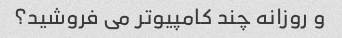
و روزانه چند کامپیوتر می فروشید؟